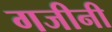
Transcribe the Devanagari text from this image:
गजीनी